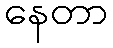
နေတာ